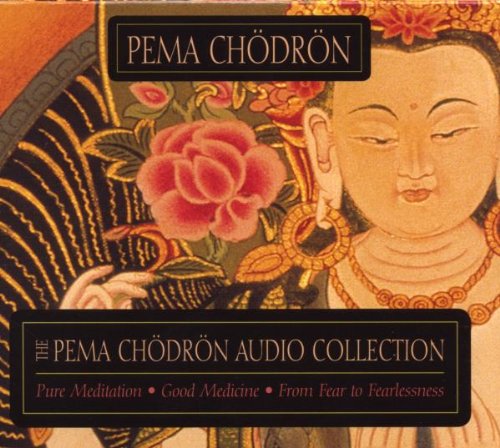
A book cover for The Pema Chodron Audio Collection: Pure Meditation:Good Medicine:From Fear to Fearlessness; Pema Chodron; Religion & Spirituality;